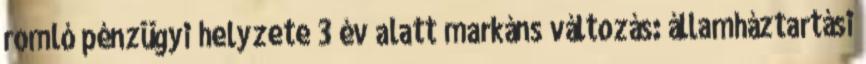
romló pénzügyi helyzete 3 év alatt markáns változás: államháztartási